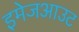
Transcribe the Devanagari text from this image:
इमेजआउट